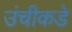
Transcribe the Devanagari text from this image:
उंचीकडे